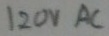
Text: 120VAC